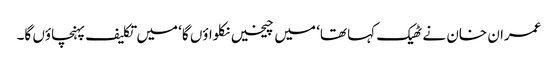
عمران خان نے ٹھیک کہا تھا‘ میں چیخیں نکلواؤں گا‘ میں تکلیف پہنچاؤں گا۔